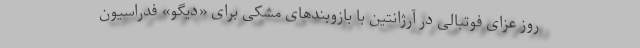
روز عزای فوتبالی در آرژانتین با بازوبندهای مشکی برای «دیگو» فدراسیون